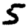
Digit: 5